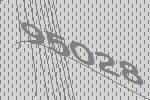
95028